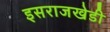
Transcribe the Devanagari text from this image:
इसराजखेडी